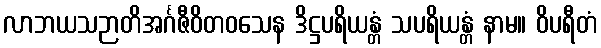
လာဘယသဉာတိအင်္ဂဇီဝိတဝသေန ဒိဋ္ဌပရိယန္တံ သပရိယန္တံ နာမ။ ဝိပရီတံ